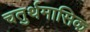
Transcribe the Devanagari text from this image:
चतुर्थमासिक